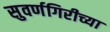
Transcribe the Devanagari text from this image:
सुवर्णगिरीच्या